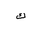
Letter: _kaf